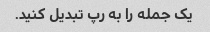
یک جمله را به رپ تبدیل کنید.